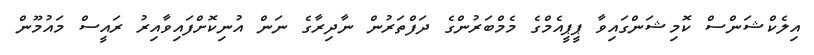
އިލެކްޝަންސް ކޮމިޝަންގައިވާ ޕީޕީއެމްގެ މެމްބަރުންގެ ދަފްތަރުން ނާދިރާގެ ނަން އުނިކޮށްފައިވާއިރު ރައީސް މައުމޫން